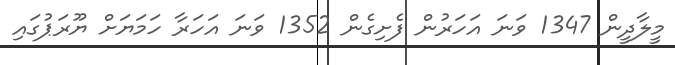
މީލާދީން 1347 ވަނަ އަހަރުން ފެށިގެން 1352 ވަނަ އަހަރާ ހަމަޔަށް ޔޫރަޕުގައި